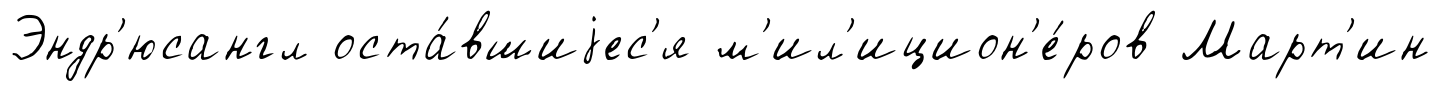
Эндр'юсангл оста́вшиjес'я м'ил'ицион'е́ров Март'ин